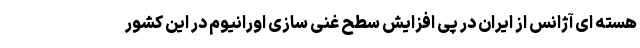
هسته ای آژانس از ایران در پی افزایش سطح غنی سازی اورانیوم در این کشور